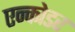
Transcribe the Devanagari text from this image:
एन्कोडर